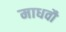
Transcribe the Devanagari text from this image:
माधवौ